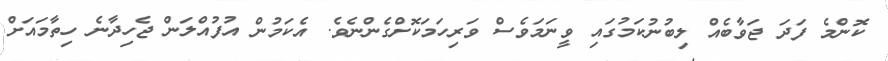
ކޮންމެ ފަދަ ޖަވާބެއް ލިބުނުކަމުގައި ވީނަމަވެސް ވަރިހަމަކޮށްގެންނެވެ. އެކަމުން އުފުއްލަން ޖެހިދާނެ ހިތާމައަށް